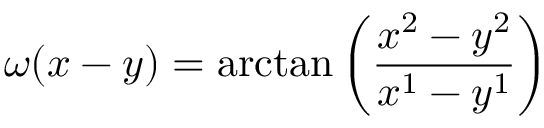
\omega ( x - y ) = \arctan \left( \frac { x ^ { 2 } - y ^ { 2 } } { x ^ { 1 } - y ^ { 1 } } \right)